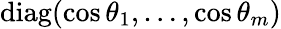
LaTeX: \textrm{diag}(\cos\theta_{1},\dots,\cos\theta_{m})